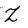
Character: Z